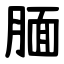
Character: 腼